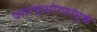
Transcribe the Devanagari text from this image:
परराष्ट्रधोरणांमुळे